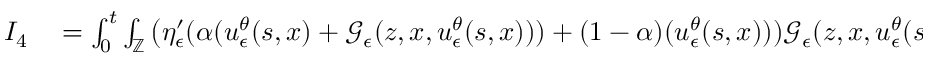
\begin{array} { r l } { I _ { 4 } } & { { } = \int _ { 0 } ^ { t } \int _ { \mathbb { Z } } \left( \eta _ { \epsilon } ^ { \prime } ( \alpha ( u _ { \epsilon } ^ { \theta } ( s , x ) + \mathcal { G } _ { \epsilon } ( z , x , u _ { \epsilon } ^ { \theta } ( s , x ) ) ) + ( 1 - \alpha ) ( u _ { \epsilon } ^ { \theta } ( s , x ) ) ) \mathcal { G } _ { \epsilon } ( z , x , u _ { \epsilon } ^ { \theta } ( s , x ) ) \right) \nu ( d z ) d s } \end{array}